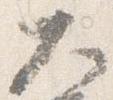
大